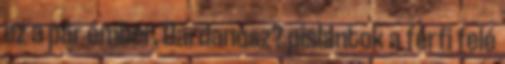
ez a pár ember, Dardanosz? pislantok a férfi felé